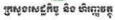
ក្រសួងសេដ្ឋកិច្ច និង ហិរញ្ញវត្ថុ